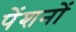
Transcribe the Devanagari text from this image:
पेंशनों